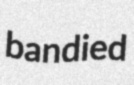
bandied